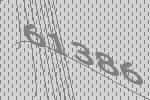
61386